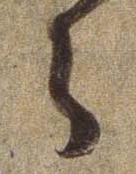
ら